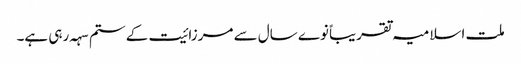
ملت اسلامیہ تقریباً نوے سال سے مرزائیت کے ستم سہہ رہی ہے۔